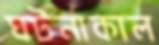
ঘটনাকাল